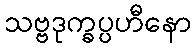
သဗ္ဗဒုက္ခပ္ပဟီနော